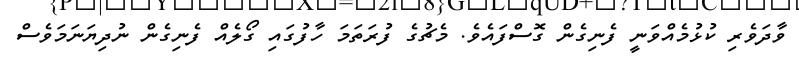
ވާދަވެރި ކުޅުމެއްވަނީ ފެނިގެން ގޮސްފައެވެ. މެޗުގެ ފުރަތަމަ ހާފުގައި ގޯލެއް ފެނިގެން ނުދިޔަނަމަވެސް